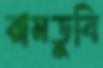
রামডুবি